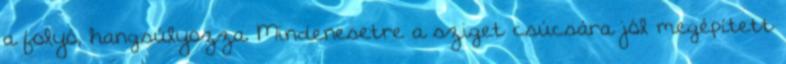
a folyó, hangsúlyozza. Mindenesetre a sziget csúcsára jól megépített